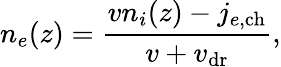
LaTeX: n_{e}(z)=\frac{vn_{i}(z)-j_{e,\mathrm{ch}}}{v+v_{\mathrm{dr}}},